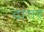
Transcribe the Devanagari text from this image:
दात्तर